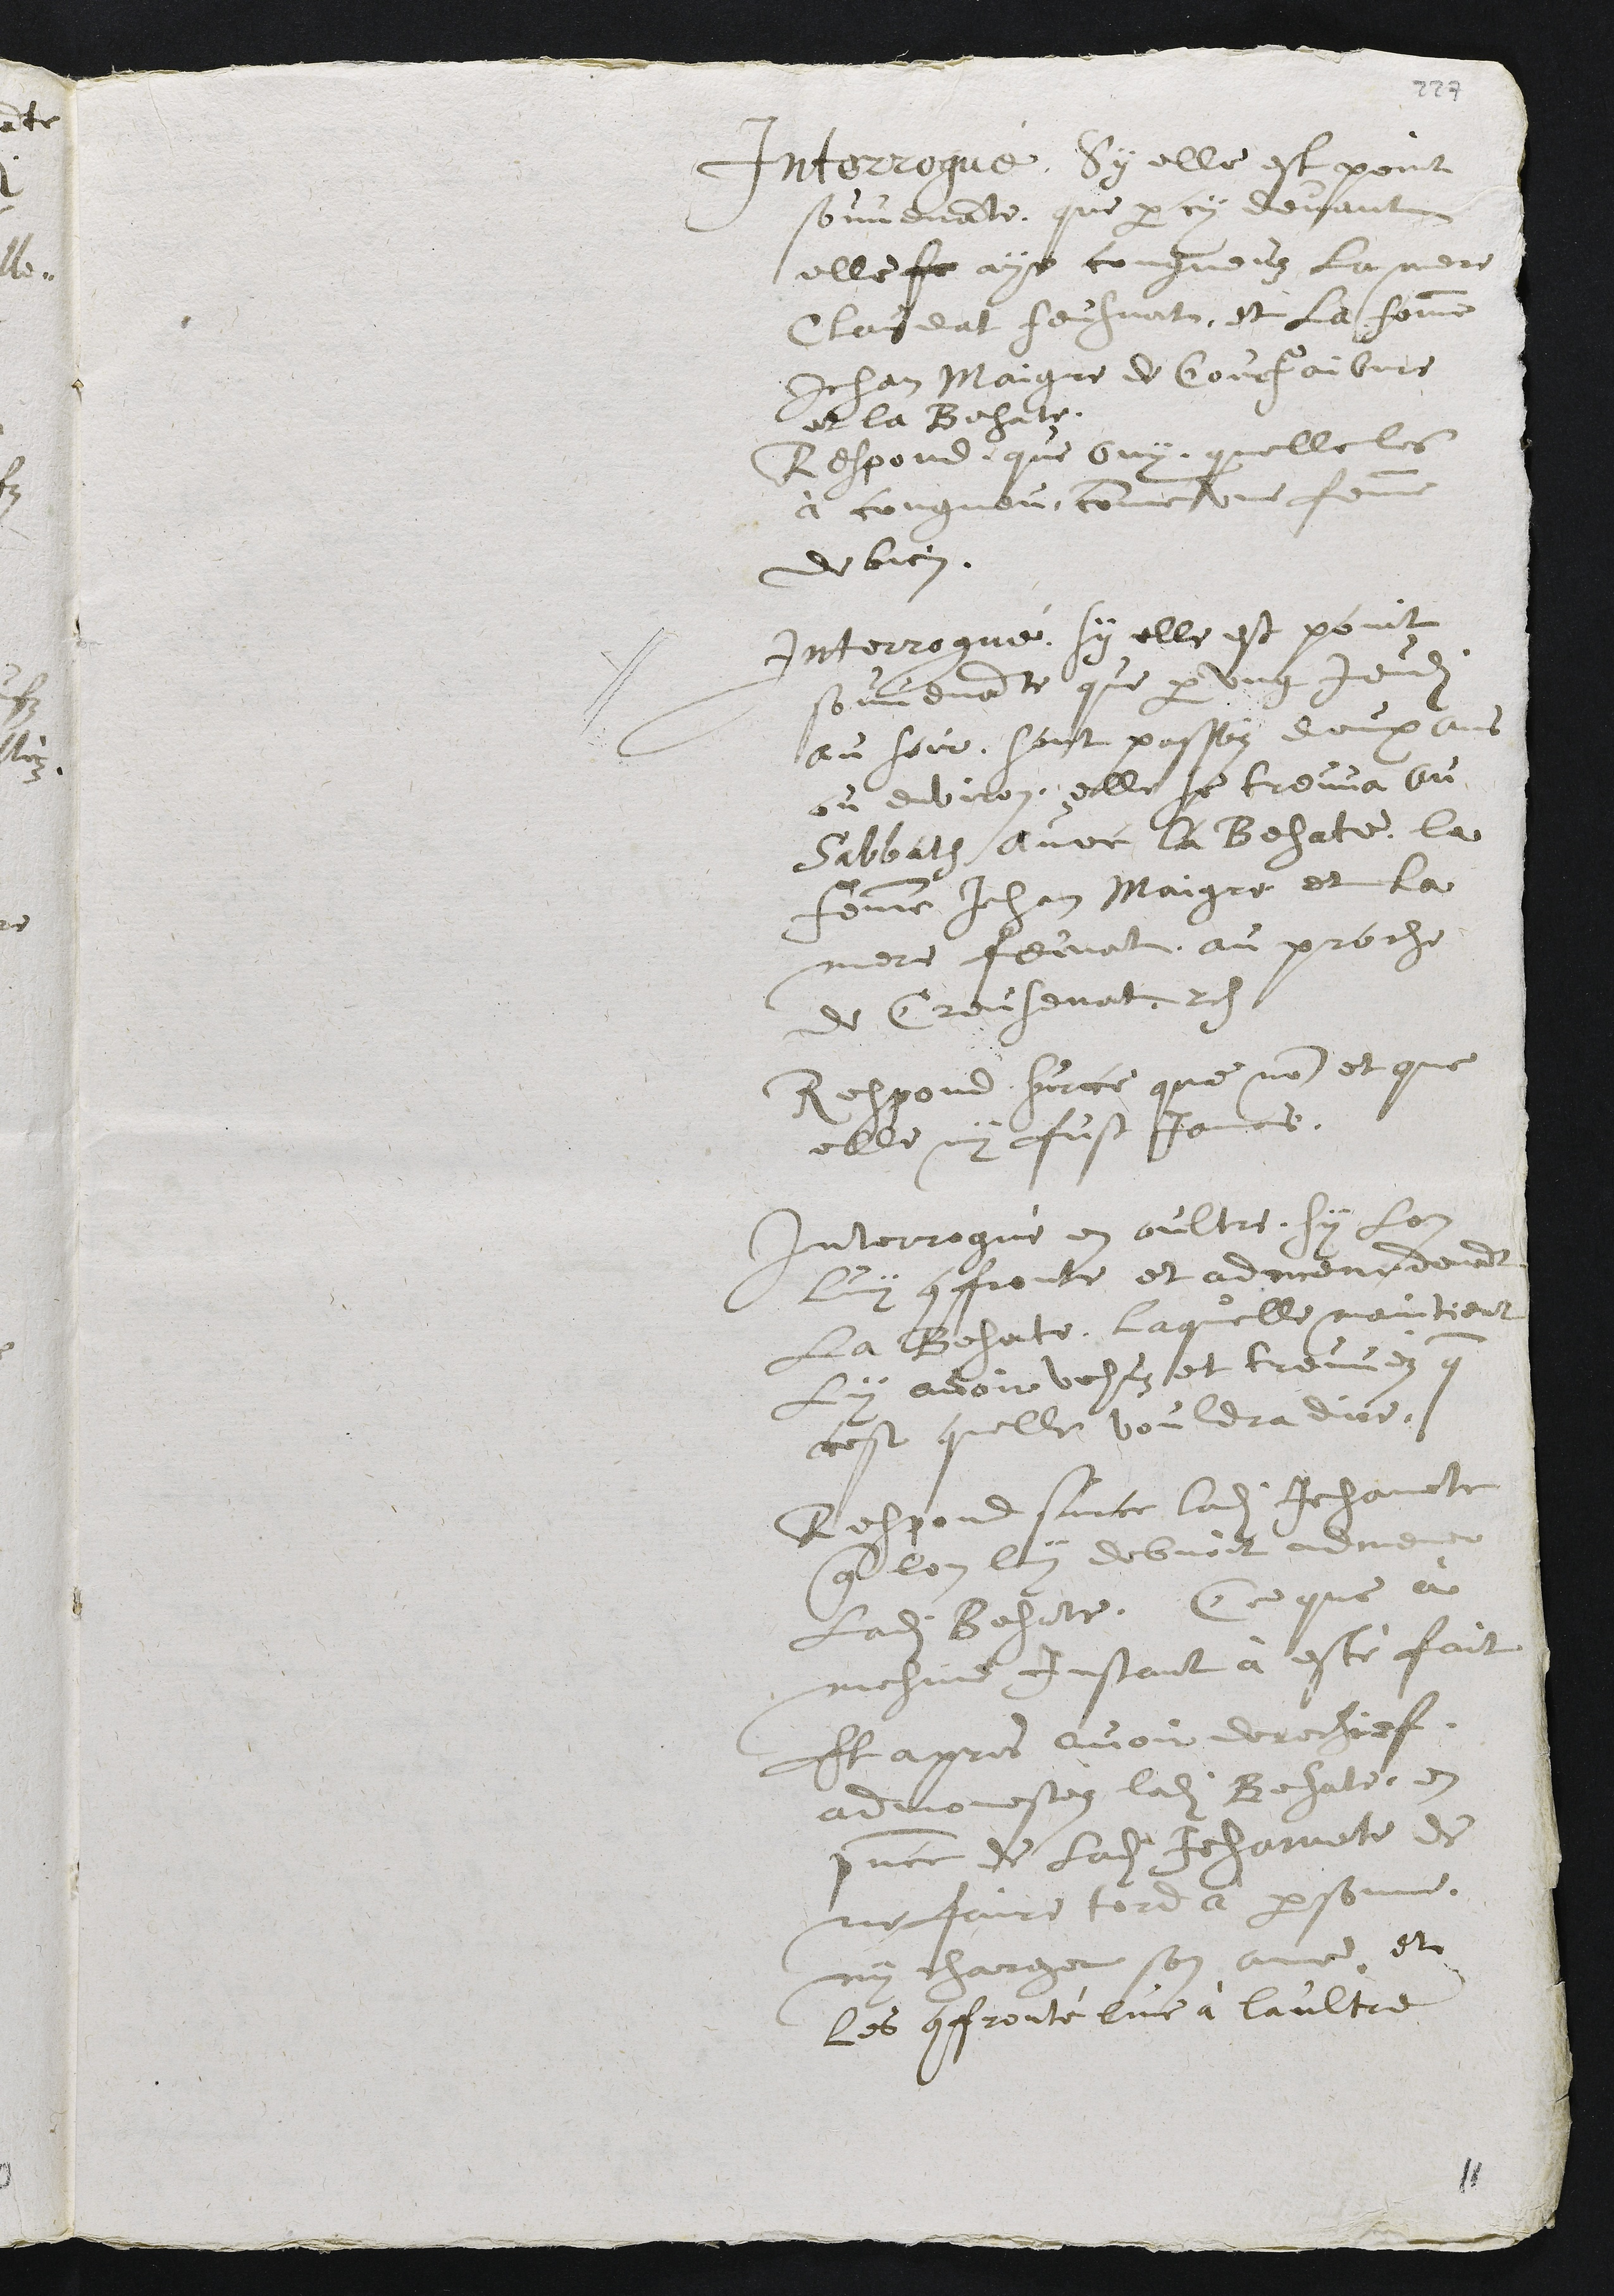
Interrogué, Sy elle est point
souvenante, que par cy devant
elle fe aye congneuz la mere
Claudat feusnat, et la femme
Jehan Maigre de Courfaibvre
et la Besate.
Respond, que ouy, quelle les
à congneu, comme une femme
de bien.
Interrogué, sy elle est point
souvenante que par ung jeudi
au soir, sont passéz deux ans
ou environ, elle se treuve au
Sabbath avec la Besate, la
femme Jehan Maigre et la
mere feunat, au proche
de Creusenat. res
Respond sur ce que non et que
elle ny fust jamais.
Interrogué en oultre, sy lon
luy confronte et admene devant
la Besate, laquelle maintient
ly avoir vehus et treuvéz que
cest quelle vouldra dire.
Respond sur ce ladite Jehannete
que lon luy debvoit admener
ladite Besate. Ce que à
mesme instant à esté fait
Et apres avoir derechief
admonestéz ladite Besate, en
presence de ladite Jehnannete de
ne faire tord à personne,
ny charger son ame, et les confronté lune à laultre